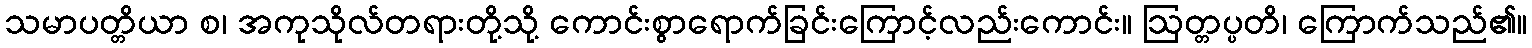
သမာပတ္တိယာ စ၊ အကုသိုလ်တရားတို့သို့ ကောင်းစွာရောက်ခြင်းကြောင့်လည်းကောင်း။ ဩတ္တပ္ပတိ၊ ကြောက်သည်၏။